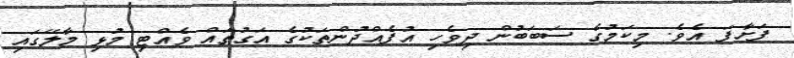
ފަށާފަ އެވެ. މިކަމުގެ ސަބަބުން ދިވެހި އުފެއްދުންތަކުގެ އަގުތައް ވެއްޓި މުޅި މާލޭގައި